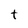
Character: t